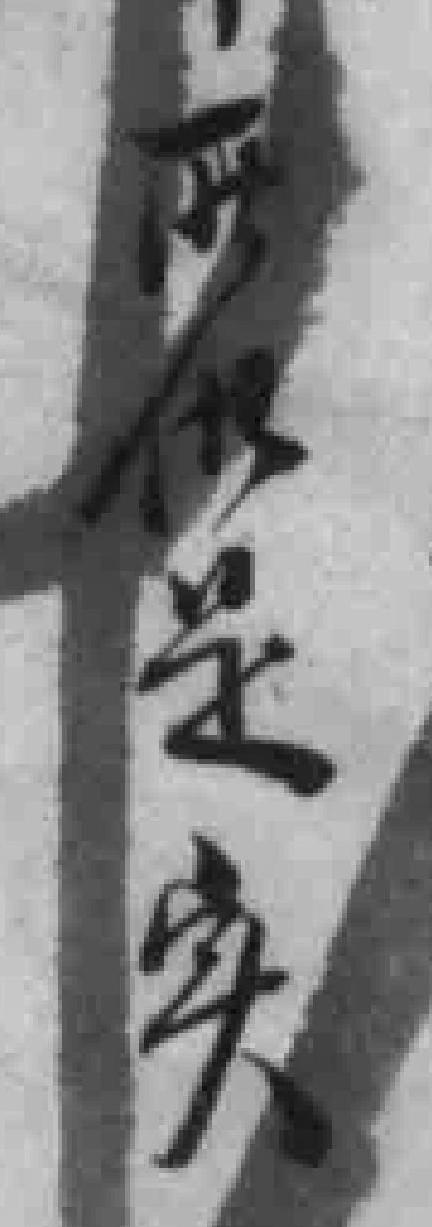
所供是实